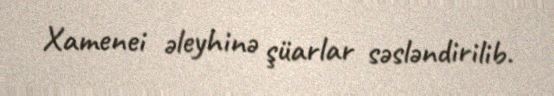
Xamenei əleyhinə şüarlar səsləndirilib.